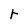
Character: r